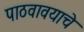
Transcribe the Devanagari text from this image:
पाठवावयाचे